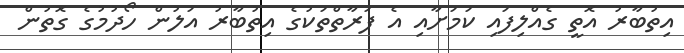
އިތުބާރު އޮތީ ގެއްލިފައި ކަމަށާއި އެ ފަރާތްތަކުގެ އިތުބާރު އަލުން ހޯދުމުގެ ގޮތުން